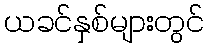
ယခင်နှစ်များတွင်